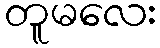
တူမလေး